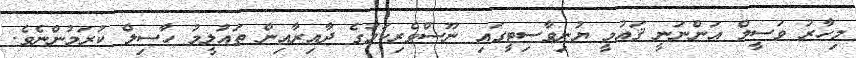
މިހާރު ވަސީމް އަންނަނީ ޤައުމީ ޔުނިވާސިޓީގައި ނޫސްވެރިކަމުގެ ދާއިރާއިން ތައުލީމު ހާސިލް ކުރަމުންނެވެ.